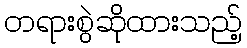
တရားစွဲဆိုထားသည့်